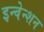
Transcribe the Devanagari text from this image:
इन्वेन्शन